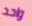
واحد